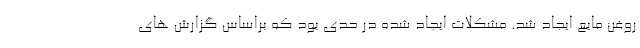
روغن مایع ایجاد شد. مشکلات ایجاد شده در حدی بود که براساس گزارش های